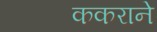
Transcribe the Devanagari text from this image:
ककराने